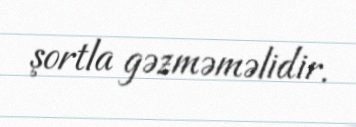
şortla gəzməməlidir.